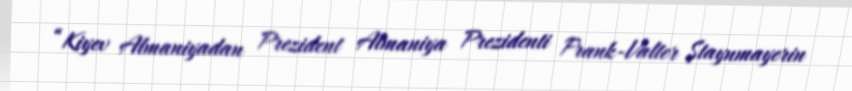
“Kiyev Almaniyadan Prezident Almaniya Prezidenti Frank-Valter Ştaynmayerin